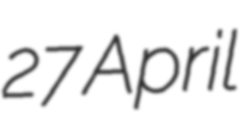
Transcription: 27 April